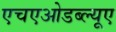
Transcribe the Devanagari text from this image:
एचएओडब्ल्यूए